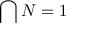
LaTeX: \bigcap { N } = 1